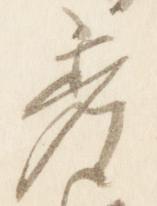
秀